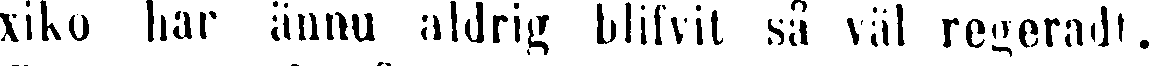
xiko har ännu aldrig blifvit så väl regeradt.